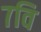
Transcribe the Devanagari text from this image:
७वि